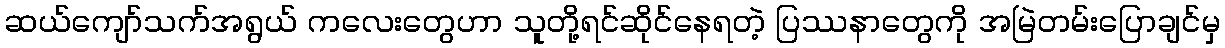
ဆယ်ကျော်သက်အရွယ် ကလေးတွေဟာ သူတို့ရင်ဆိုင်နေရတဲ့ ပြဿနာတွေကို အမြဲတမ်းပြောချင်မှ